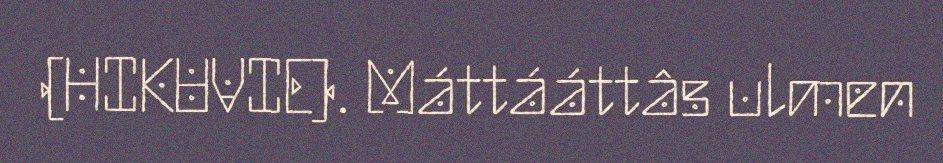
(HIKUVIE). Máttááttâs ulmen